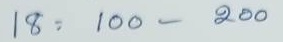
18 = 100 - 200